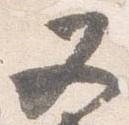
又